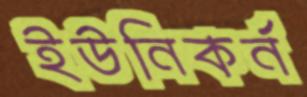
ইউনিকর্ন